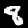
Digit: 8